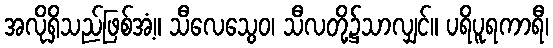
အလိုရှိသည်ဖြစ်အံ့။ သီလေသွေဝ၊ သီလတို့၌သာလျှင်။ ပရိပူရကာရီ၊